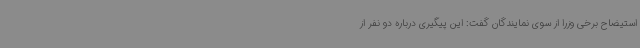
استیضاح برخی وزرا از سوی نمایندگان گفت: این پیگیری درباره دو نفر از